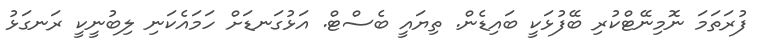
ފުރަތަމަ ނޮމިނޭޓްކުރި ބޭފުޅަކީ ބައިޑެން. ތިޔައީ ބެސްޓް. އަޅުގަނޑަށް ހަމައެކަނި ލިބުނީކީ ރަނގަޅު